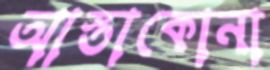
আস্তাকোনা